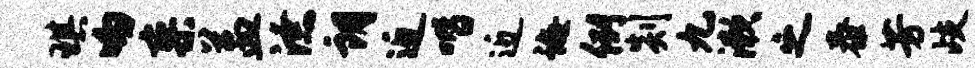
琪吻寥益潦朗近喈近诲例剡九漱之泰芳歧